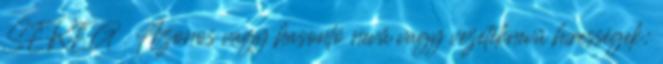
SEREG . Azonos vagy hasonló nevű vagy vezetéknevű hírességek: